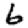
Digit: 6